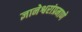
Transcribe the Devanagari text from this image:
ज्ञानेश्वरांप्रमाणे